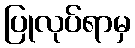
ပြုလုပ်ရာမှ